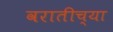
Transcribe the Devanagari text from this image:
वरातीच्या